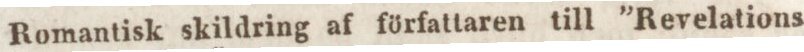
Romantisk skildring af författaren till ”Revelations